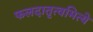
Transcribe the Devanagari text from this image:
फलदातृत्वमित्ये